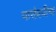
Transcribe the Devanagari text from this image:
यासंबधीचा